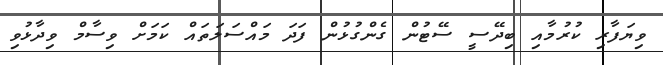
ވިޔަފާރި ކުރުމާއި ބިދޭސީ ސޭޓުން ގެންގުޅުން ފަދަ މައްސަލަތައް ކަމަށް ވިސާމް ވިދާޅުވި